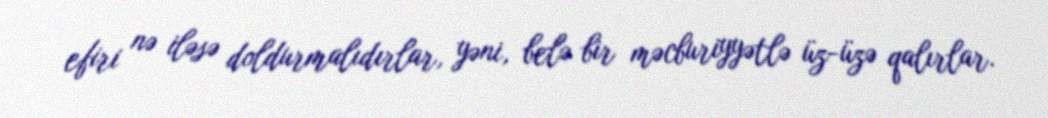
efiri nə iləsə doldurmalıdırlar, yəni, belə bir məcburiyyətlə üz-üzə qalırlar.